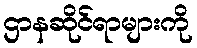
ဌာနဆိုင်ရာများကို